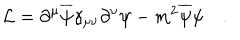
LaTeX: { \cal L } = \partial ^ { \mu } \overline { { \psi } } \gamma _ { \mu \nu } \partial ^ { \nu } \psi - m ^ { 2 } \overline { { \psi } } \psi \quad .